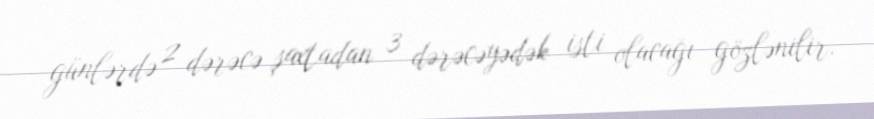
günlərdə 2 dərəcə şaxtadan 3 dərəcəyədək isti olacağı gözlənilir.